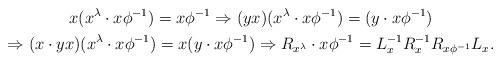
LaTeX: \begin{gather*}x(x^{\lambda}\cdot x\phi^{-1})=x\phi^{-1}\Rightarrow (yx)(x^{\lambda}\cdot x\phi^{-1})=(y\cdot x\phi^{-1})\\\Rightarrow (x\cdot yx)(x^{\lambda}\cdot x\phi^{-1})=x(y\cdot x\phi^{-1})\Rightarrow R_{x^\lambda}\cdot x\phi^{-1}=L^{-1}_{x}R^{-1}_{x}R_{x\phi^{-1}}L_{x}.\end{gather*}